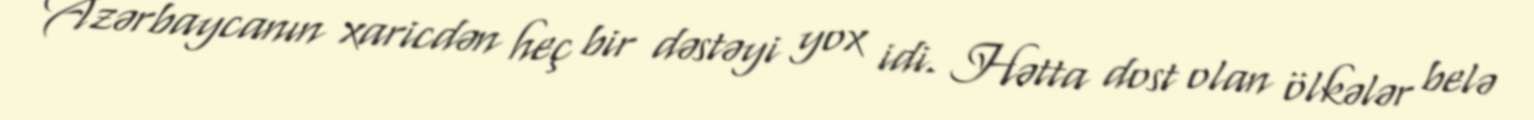
Azərbaycanın xaricdən heç bir dəstəyi yox idi. Hətta dost olan ölkələr belə